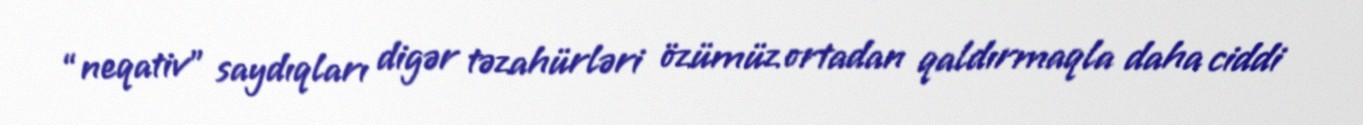
“neqativ” saydıqları digər təzahürləri özümüz ortadan qaldırmaqla daha ciddi